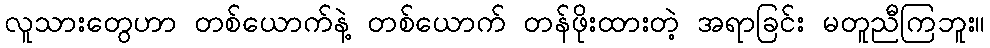
လူသားတွေဟာ တစ်ယောက်နဲ့ တစ်ယောက် တန်ဖိုးထားတဲ့ အရာခြင်း မတူညီကြဘူး။